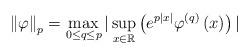
LaTeX: \begin{align*}\left\Vert \varphi \right\Vert _{p}=\max_{0\leq q\leq p}|\sup_{x\in \mathbb{R}}\left( e^{p\left\vert x\right\vert }\varphi ^{(q)}\left( x\right) \right) |\end{align*}